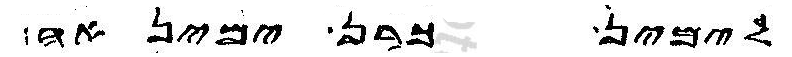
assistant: לימין כרן ימינאה